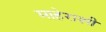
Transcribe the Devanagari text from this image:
माहेराशी